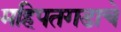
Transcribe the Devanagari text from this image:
महिपतगडाचे